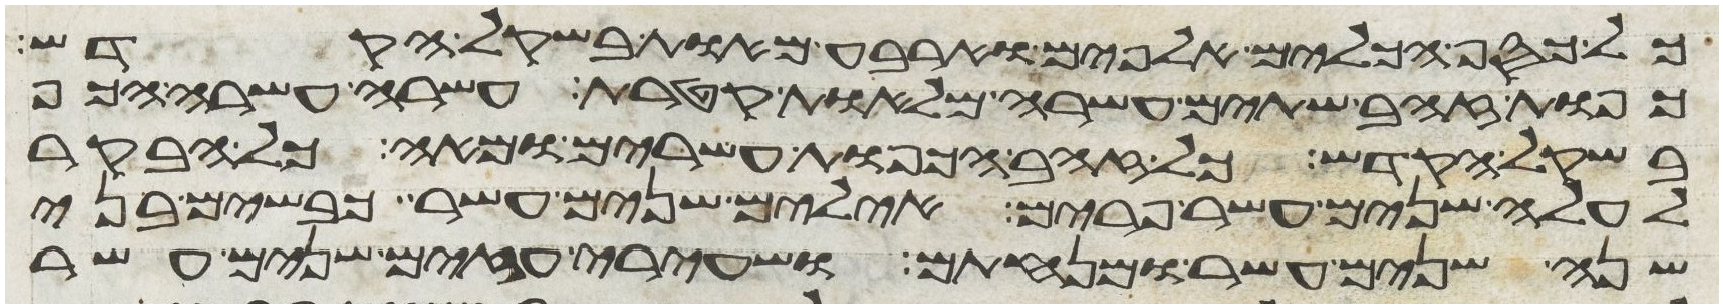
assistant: כל כסף הכלים אלפים וארבע מאות בשקל הקדש
כפות זהב שתים עשרה מלאות קטרת עשרה עשרה הכף
בשקל הקדש כל זהב הכפות עשרים ומאה כל הבקר
לעלה שנים עשר פרים אילים שנים עשר כבשים בני
שנה שנים עשר ומנחתם ושעירי עזים שנים עשר